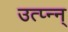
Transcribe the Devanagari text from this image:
उत्प्‍न्न्